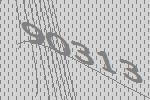
90313